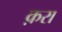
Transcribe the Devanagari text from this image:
क़रा